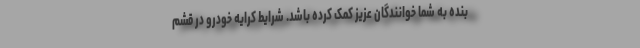
بنده به شما خوانندگان عزیز کمک کرده باشد. شرایط کرایه خودرو در قشم